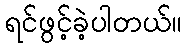
ရင်ဖွင့်ခဲ့ပါတယ်။